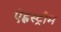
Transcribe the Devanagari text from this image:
ऐह्लस्ट्रौम